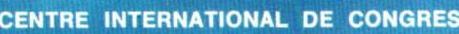
CENTRE INTERNATIONAL DE CONGRES